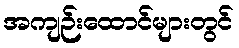
အကျဉ်းထောင်များတွင်